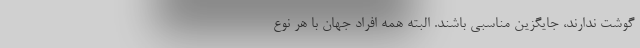
گوشت ندارند، جایگزین مناسبی باشند. البته همه افراد جهان با هر نوع